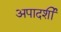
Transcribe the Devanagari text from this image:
अपादर्शी